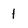
Character: 1